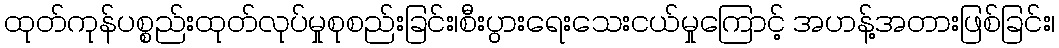
ထုတ်ကုန်ပစ္စည်းထုတ်လုပ်မှုစုစည်းခြင်း၊စီးပွားရေးသေးငယ်မှုကြောင့် အဟန့်အတားဖြစ်ခြင်း၊